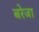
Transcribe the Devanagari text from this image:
बरेजा